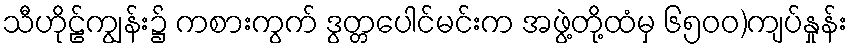
သီဟိုဠ်ကျွန်း၌ ကစားကွက် ဒွတ္တပေါင်မင်းက အဖွဲ့တို့ထံမှ ၆၅၀၀)ကျပ်နှုန်း